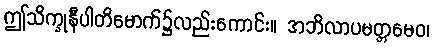
ဤသိက္ခုနီပါတိမောက်၌လည်းကောင်း။ အဘိလာပမတ္တမေဝ၊